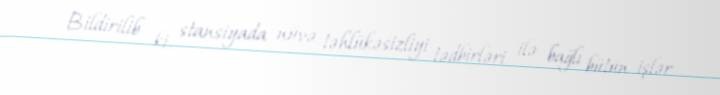
Bildirilib ki, stansiyada nüvə təhlükəsizliyi tədbirləri ilə bağlı bütün işlər